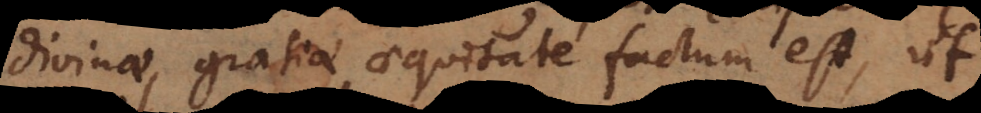
divinae gratiae aequitate factum est, ut